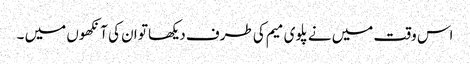
اس وقت میں نے پلوی میم کی طرف دیکھا تو ان کی آنکھوں میں ۔